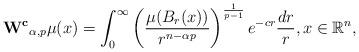
LaTeX: \begin{align*}\mathbf{W^c}_{\alpha, p}\mu(x)=\int_0^{\infty} \left(\frac{\mu(B_r(x))}{r^{n-\alpha p}}\right)^{\frac{1}{p-1}} e^{-cr}\frac{dr}{r}, x \in \mathbb{R}^n, \end{align*}